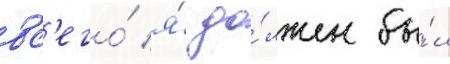
вс'его́ я́ до́лжен бы́л